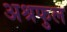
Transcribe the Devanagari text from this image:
अश्रफुल